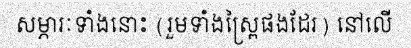
សម្ភារៈទាំងនោះ (រួមទាំងស្ព្រៃផងដែរ) នៅលើ